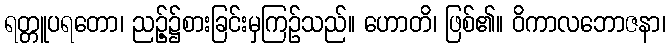
ရတ္တူပရတော၊ ညဉ့်၌စားခြင်းမှကြဉ်သည်။ ဟောတိ၊ ဖြစ်၏။ ဝိကာလဘောဇနာ၊